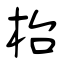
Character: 枱